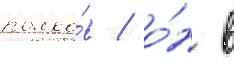
полко́в / о́н в